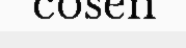
cosen